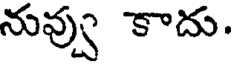
నువ్వు కాదు.